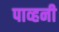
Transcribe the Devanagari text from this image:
पाव्हनी